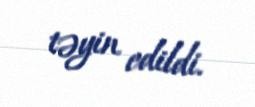
təyin edildi.